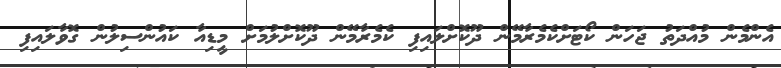
އެންމެން މުއްދަތު ޖަހަން ކޯޓަށްކެމެރާމޭން ދޫކޮށްލައިފި ކެމެރާމޭން ދޫކޮށްލުމަށް މީޑިއާ ކައުންސިލުން ގޮވާލައިފި